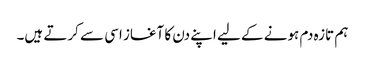
ہم تازہ دم ہونے کے لیے اپنے دن کا آغاز اسی سے کرتے ہیں۔